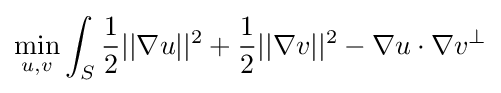
{\underset {u,v}{\text{min}}}\int _{S}{\frac {1}{2}}||\nabla u||^{2}+{\frac {1}{2}}||\nabla v||^{2}-\nabla u\cdot \nabla v^{\perp }